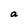
Character: a